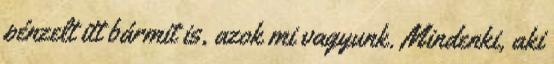
pénzelt itt bármit is, azok mi vagyunk. Mindenki, aki